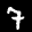
Label: 7